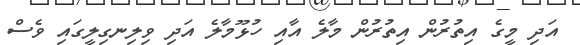
އަދި މީގެ އިތުރުން އިތުރުން މާލެ އާއި ހުޅޫމާލެ އަދި ވިލިނގިލީގައި ވެސް